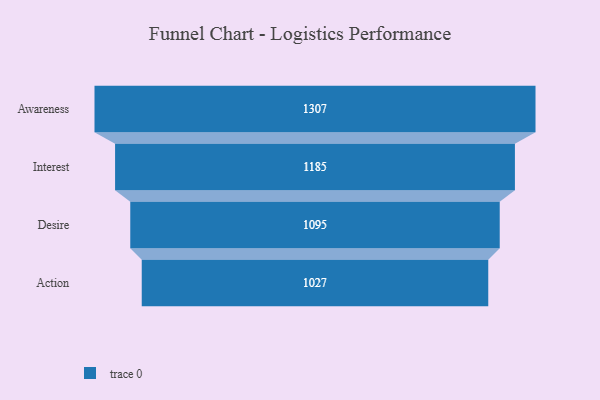
{"axis": {"x": "Stage", "y": "Value"}, "legend": [""], "data": [{"x": "Awareness", "y": 1307.0, "type": ""}, {"x": "Interest", "y": 1185.0, "type": ""}, {"x": "Desire", "y": 1095.0, "type": ""}, {"x": "Action", "y": 1027.0, "type": ""}]}